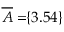
\! \! \! \! \! \! \! \; \; \overline { { A } } = \! \! \{ 3 . 5 4 \} \! \! \!